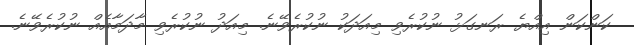
ކަންކަން އިއްޔެ ރަނގަޅު ނުކުރެވި މިއަދަކު ނުކުރެވޭނެ. މިއަދު ނުކުރެވި މާދަމާއެއް ނުކުރެވޭނެ.